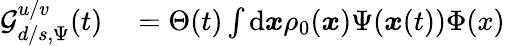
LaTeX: \begin{array}{rl}{\mathcal{G}_{d/s,\Psi}^{u/v}(t)}&{{}=\Theta(t)\int\mathrm{d}\boldsymbol{x}\rho_{0}(\boldsymbol{x})\Psi(\boldsymbol{x}(t))\Phi(x)}\end{array}